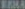
SEA